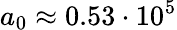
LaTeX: a_{0}\approx 0.53\cdot 10^{5}